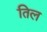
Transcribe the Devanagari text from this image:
तिल